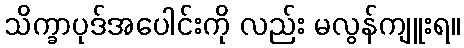
သိက္ခာပုဒ်အပေါင်းကို လည်း မလွန်ကျူးရ။